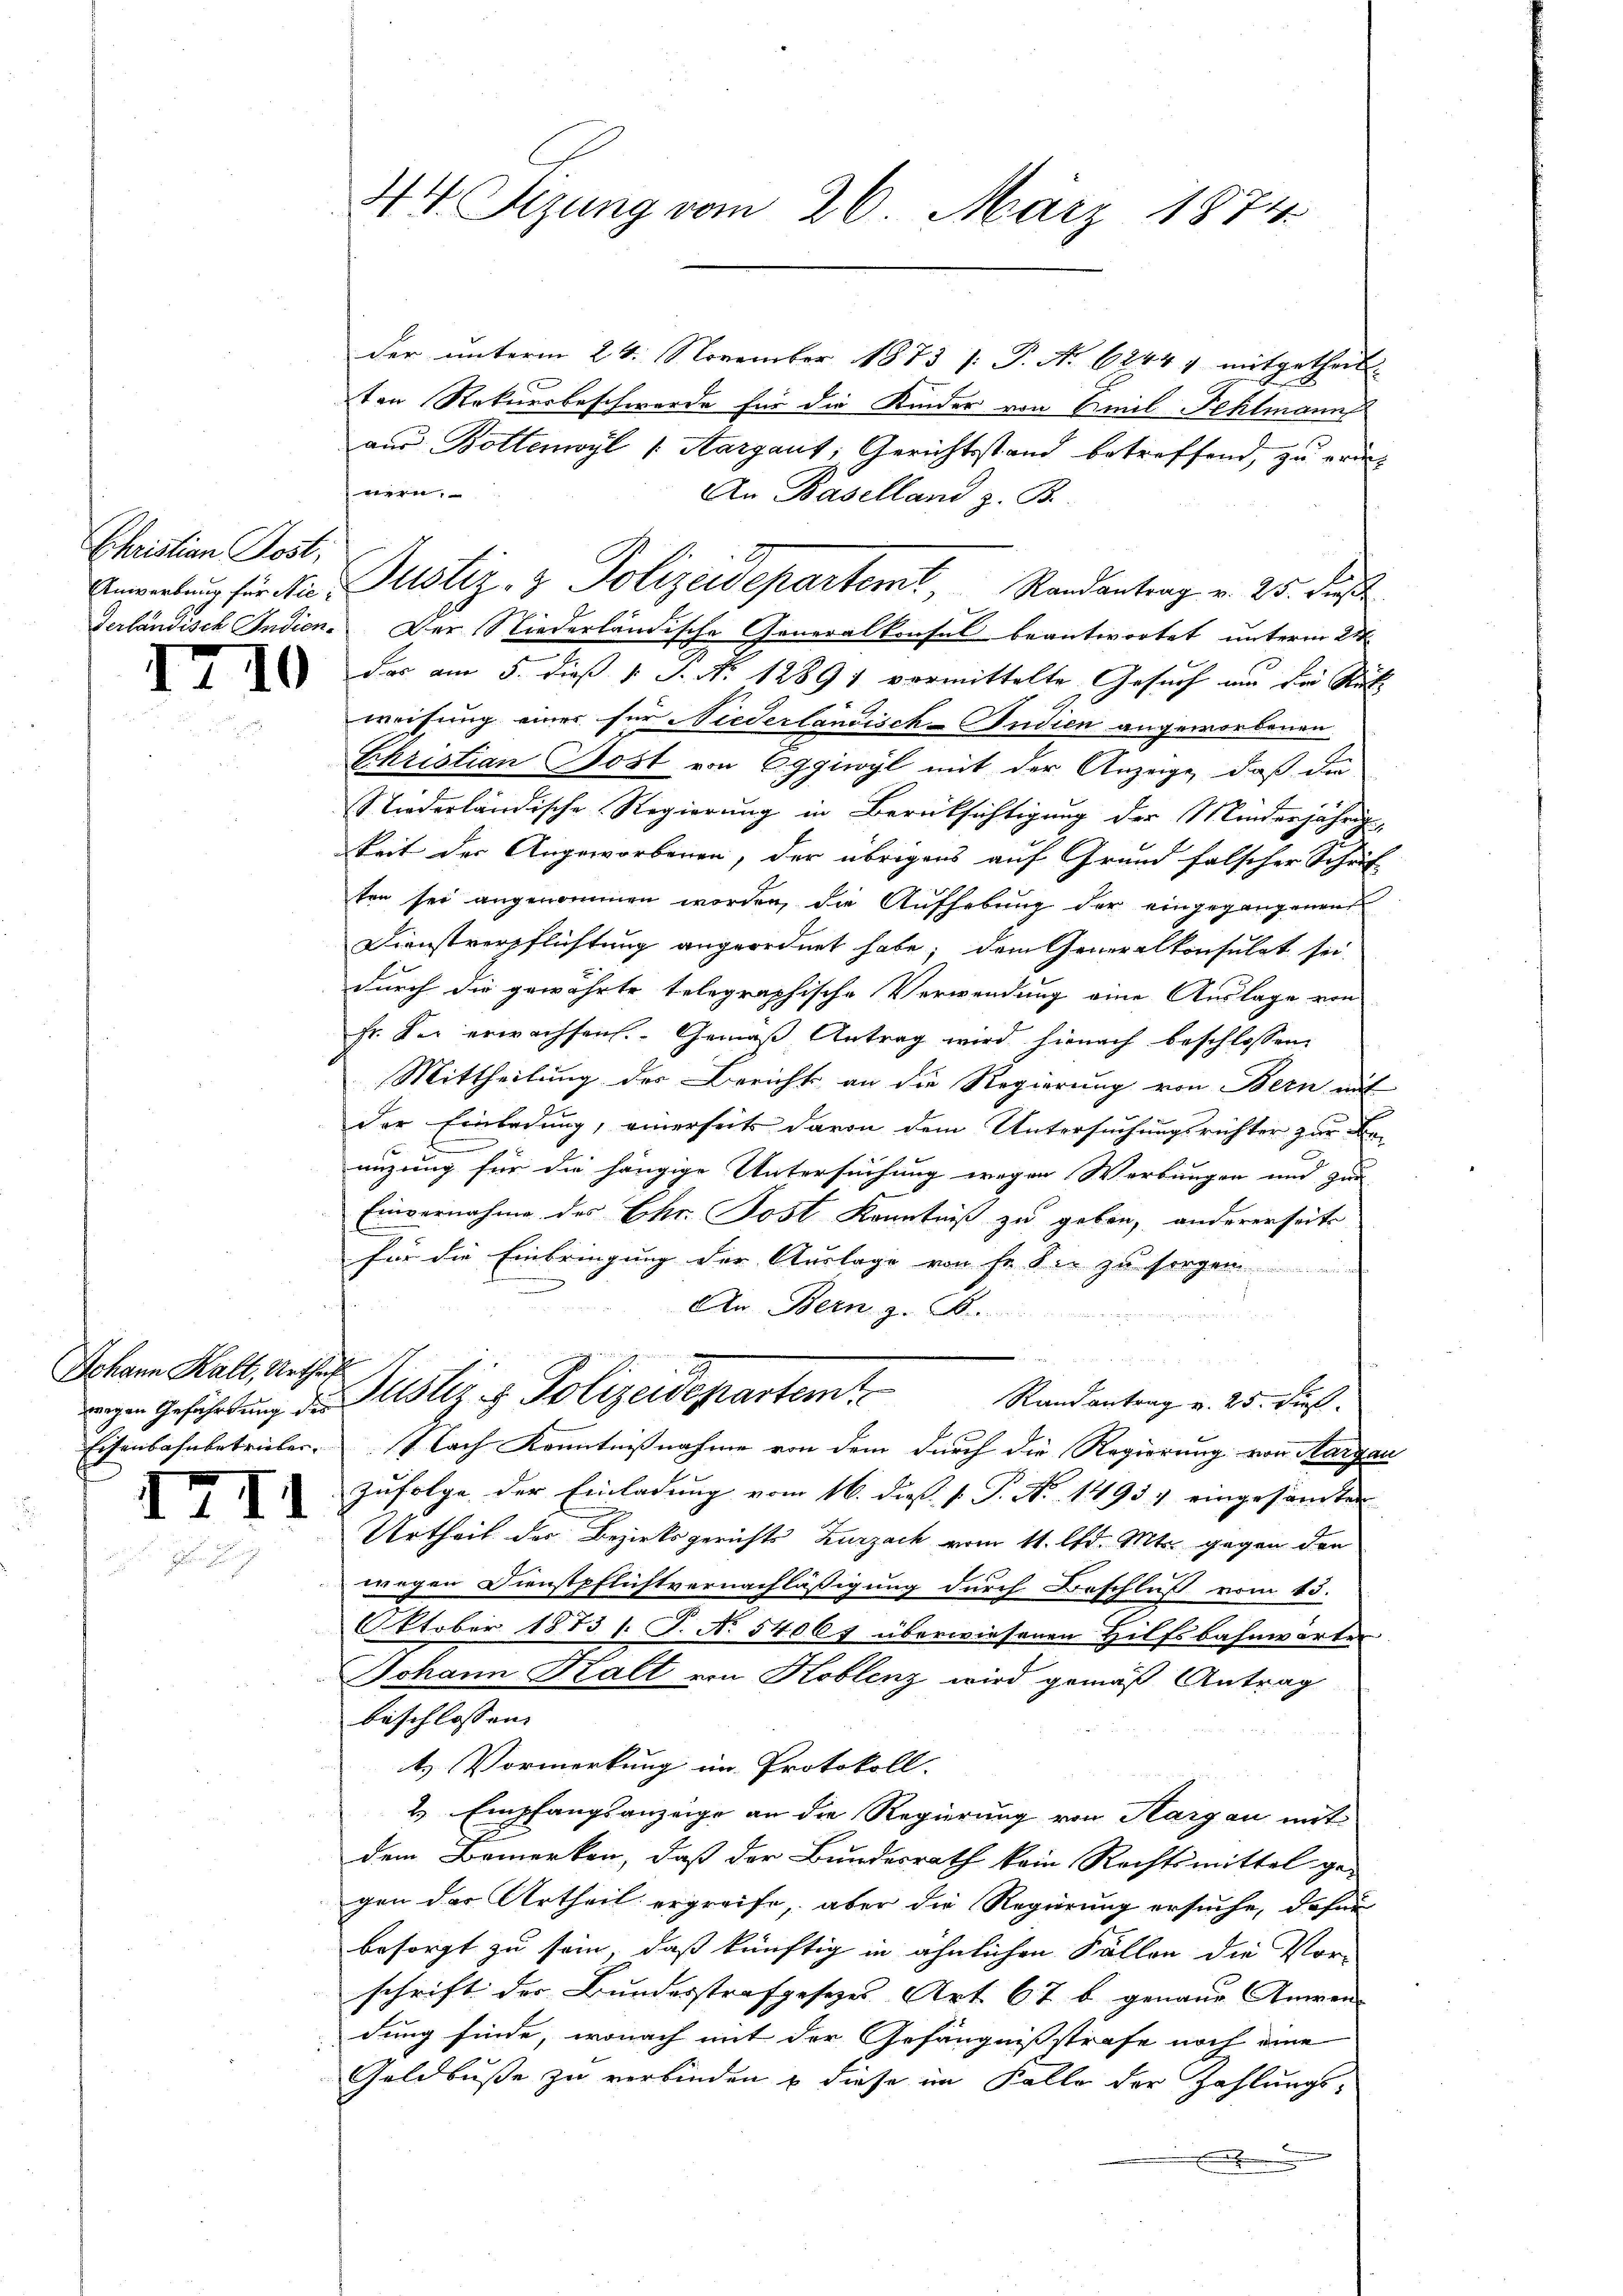
Christian Jost,

2

Johann Kalt, Urtheif

I

II

der unterm 24. November 1873 /: P. N. 6244 7 mitgetheilt.
ten Rekursbeschwerde für die Kinder von Emil Fehlmann
aus Boltenwyl (Aargaut; Gerichtsstand betreffend, zu erin¬
An Baselland z. B.
Anwerbung für die Justiz- & Polizeidepartemt, Randantrag v. 25. des
derländisch Indien. Der Niederländische Generalkonsul beantwortet unterm 24.
das am 5. dieß v. J. N. 12891 vermittelte Gesuch um die Rückweisung einer für Niederländisch-Indien angeworbenen
Ehristian Bost von 6ggiwyl mit der Anzeige, daß die
Niederländische Regierung in Berücksichtigung der Minderjährig-
keit der Angeworbenen, der übrigens auf Grund falscher Schrif-
ten sei angenommen worden, die Aufhebung der eingegangenen
Dienstverpflichtung angeordnet habe; dem Generalkonsulat sei,
durch die gewährte telegraphische Verwendung eine Auslage von
Fr. der erwachsen. Gemäß Antrag wird hienach beschlossen,
Mittheilung des Berichts an die Regierung von Bern auf
der Einladung, einerseits davon dem Untersuchungsrichter zur Be-
x
nizung für die hängige Untersuchung wegen Werbungen und zur
Einvernahme des Ehr. Post Kenntniß zu geben, andererseits
für die Einbringung der Auslage von Fr. Sie zu sorgen
An Bern z. B.
igen Geführung der Justiz & Polizeidepartem Randantrag v. 25. dies
Eisenbahnbetrieber. Nach Kenntnißnahme von dem durch die Regierung von Aargau
Zufolge der Einladung vom 16. dieß P. P. Nr. 1493. eingesamten
Urtheil der Bezirksgerichts Zurzach vom 11. d. Mts. gegen den
wegen Dienstpflichtvernachläßigung durch Beschluß vom 13.
Oktober 1873 /: T. No 54069 überwiesenen Hilfsbahnwärter
Johann Kalt von Koblenz wird gemäß Antrag
beschlossen:
b.) Vormerkung im Protokoll.
2 Empfangsanzeige an die Regierung von Hargau mit
dem Bemerken, daß der Bundesrath kein Rechtsmittel ge-
gen der Urtheil ergreife, aber die Regierung ersuche, dafür
besorgt zu sein, daß künftig in ähnlichen Fällen die Vor-
schrift der Bundesstrafgesezes Art. 67 b. genaue Anwen- |
dung finde, wonach mit der Gefängnißstrafe noch eine
Geldbuße zu verbinden & diese im Falle der Zahlungs-

44 Sizung vom 26. März 1874.

wern